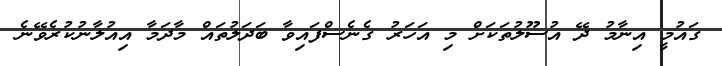
ގައުމީ އިނާމު ދޭ އުސޫލުތަކަށް މި އަހަރު ގެނެސްފައިވާ ބަދަލުތައް މާދަމާ އިއުލާނުކުރެވޭނެ